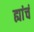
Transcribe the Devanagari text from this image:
ह्यांचं